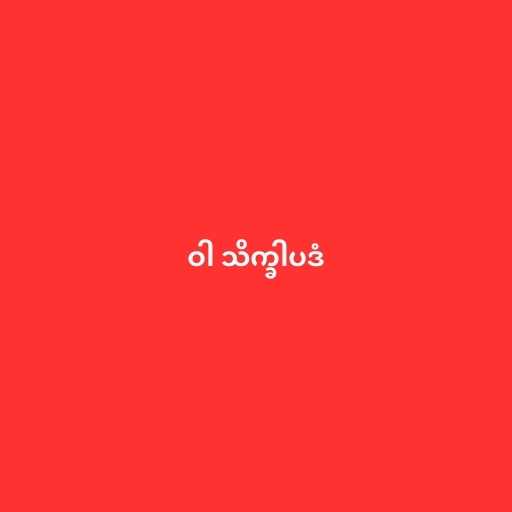
ဝါ သိက္ခါပဒံ